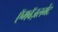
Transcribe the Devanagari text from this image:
ऍमबॅज़लमेंट